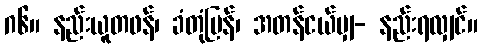
ဂ၆။ နည်းယူတဖန်၊ ခံတုံပြန်၊ အတန်ငယ်မျှ- နည်းရလျှင်။